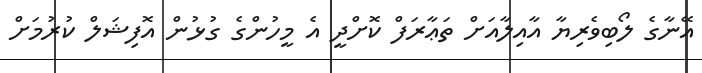
އޭނާގެ ލޯބިވެރިޔާ އާއިލާއަށް ތަޢާރަފް ކޮށްދީ އެ މީހުންގެ ގުޅުން އޮފިޝަލް ކުރުމަށް